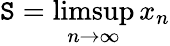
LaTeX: \mathtt{S}=\operatorname*{limsup}_{n\to\infty}x_{n}